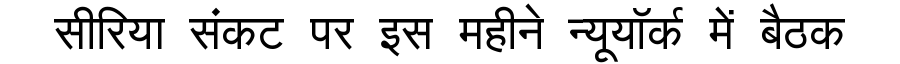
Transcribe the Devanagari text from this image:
सीरिया संकट पर इस महीने न्यूयॉर्क में बैठक